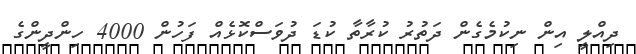
ދިއްލީ އިން ނިކުމެގެން ދަތުރު ކުރާތާ ކުޑަ ދުވަސްކޮޅެއް ފަހުން 4000 ހިންދީންގެ